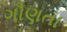
ગૌણતા